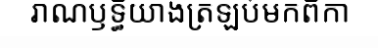
រាណឫទ្ធិយាងត្រឡប់មកពីកា